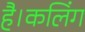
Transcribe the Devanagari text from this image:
है।कलिंग